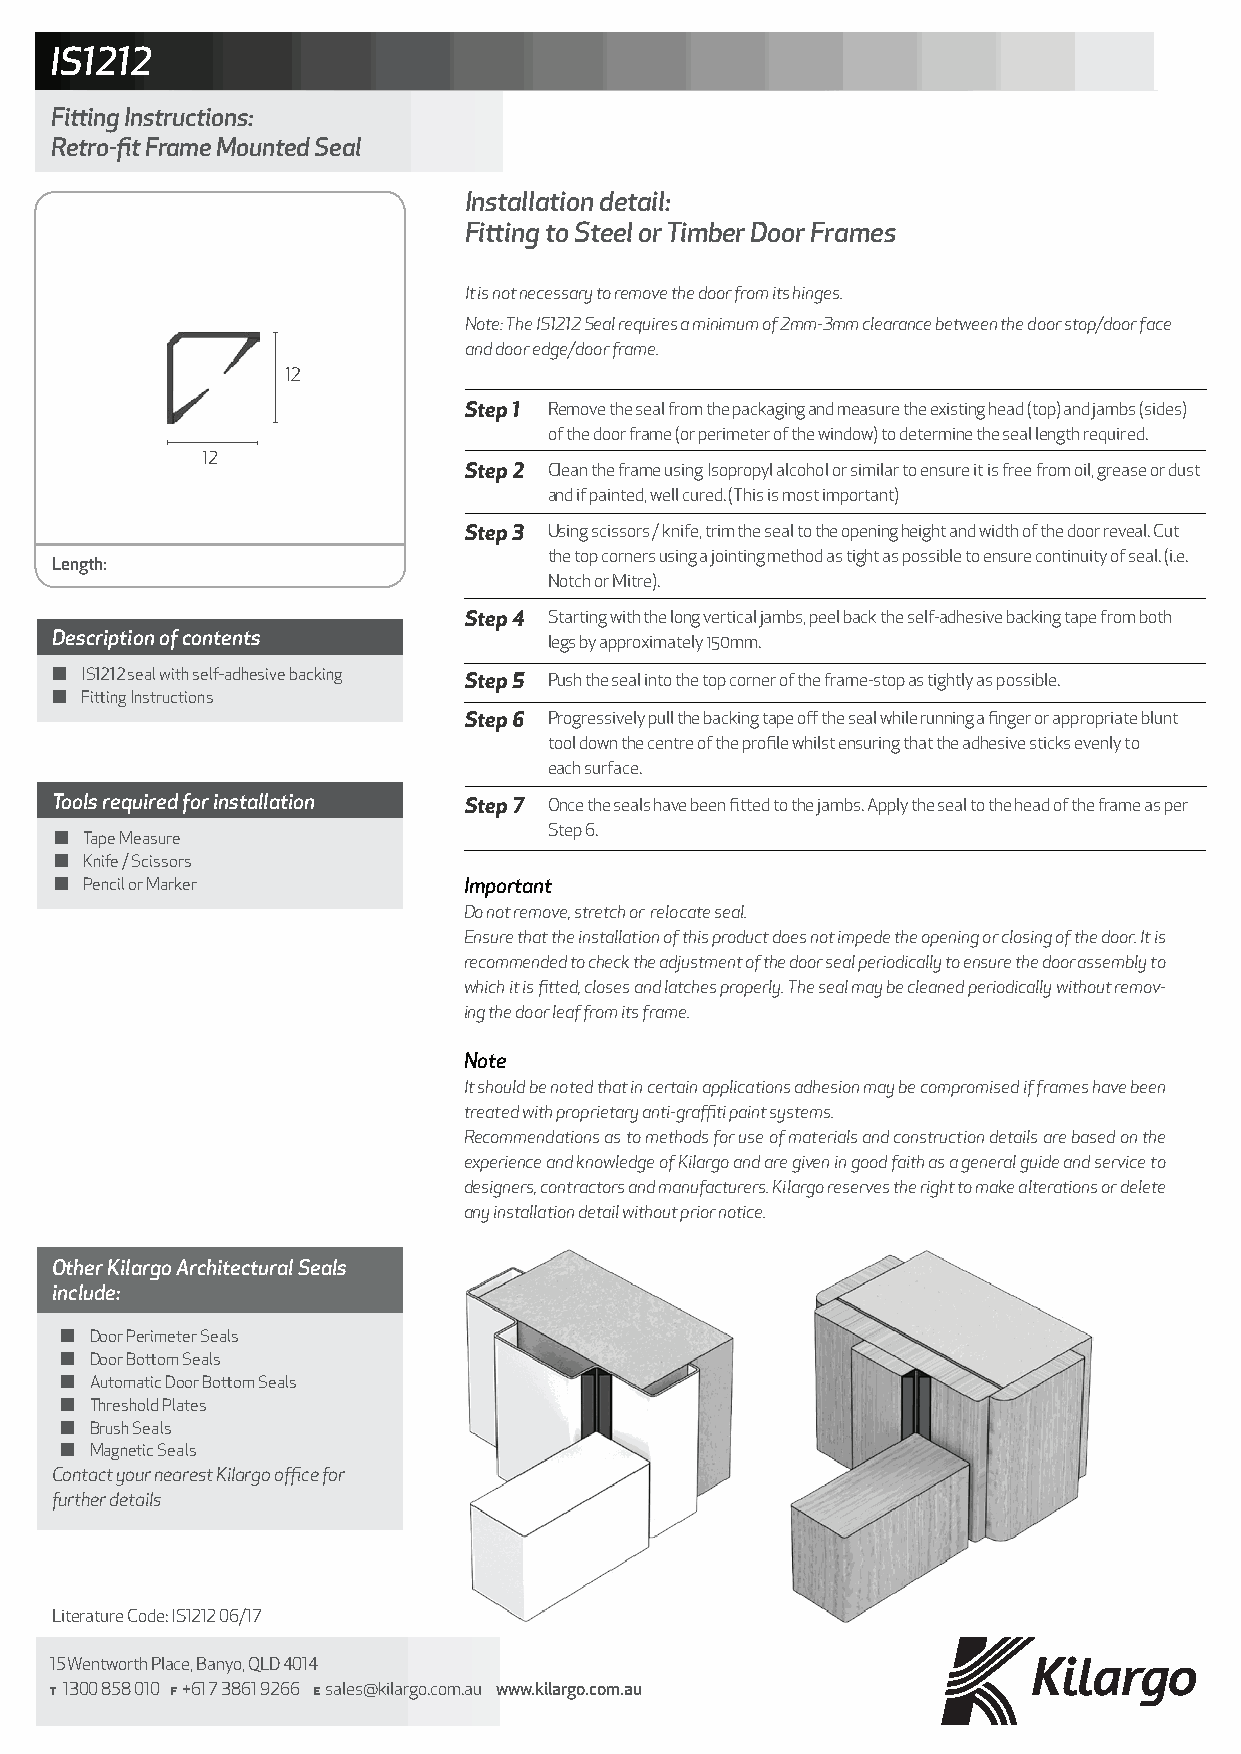
IS1212
 Fitting Instructions:
 Retro-fit Frame Mounted Seal
 Installation detail:
 Fitting to Steel or Timber Door Frames
 It is not necessary to remove the door from its hinges.
 Note: The IS1212 Seal requires a minimum of 2mm-3mm clearance between the door stop/door face
 and door edge/door frame.
 Step 1 Remove the seal from the packaging and measure the existing head (top) and jambs (sides)
 of the door frame (or perimeter of the window) to determine the seal length required.
 Step 2 Clean the frame using Isopropyl alcohol or similar to ensure it is free from oil, grease or dust
 and if painted, well cured. (This is most important)
 Step 3 Using scissors / knife, trim the seal to the opening height and width of the door reveal. Cut
 the top corners using a jointing method as tight as possible to ensure continuity of seal. (i.e.
 Length:
 Notch or Mitre).
 Step 4 Starting with the long vertical jambs, peel back the self-adhesive backing tape from both
 Description of contents          legs by approximately 150mm.
 Ї IS1212 seal with self-adhesive backing Step 5 Push the seal into the top corner of the frame-stop as tightly as possible.
 Ї Fitting Instructions
 Step 6 Progressively pull the backing tape off the seal while running a finger or appropriate blunt
 tool down the centre of the profile whilst ensuring that the adhesive sticks evenly to
 each surface.
 Tools required for installation Step 7 Once the seals have been fitted to the jambs. Apply the seal to the head of the frame as per
 Step 6.
 Ї Tape Measure
 Ї Knife / Scissors
 Ї Pencil or Marker         Important
 Do not remove, stretch or relocate seal.
 Ensure that the installation of this product does not impede the opening or closing of the door. It is
 recommended to check the adjustment of the door seal periodically to ensure the door assembly to
 which it is fitted, closes and latches properly. The seal may be cleaned periodically without remov-
 ing the door leaf from its frame.
 Note
 It should be noted that in certain applications adhesion may be compromised if frames have been
 treated with proprietary anti-graffiti paint systems.
 Recommendations as to methods for use of materials and construction details are based on the
 experience and knowledge of Kilargo and are given in good faith as a general guide and service to
 designers, contractors and manufacturers. Kilargo reserves the right to make alterations or delete
 any installation detail without prior notice.
 Other Kilargo Architectural Seals
 include:
 Ї Door Perimeter Seals
 Ї Door Bottom Seals
 Ї Automatic Door Bottom Seals
 Ї Threshold Plates
 Ї Brush Seals
 Ї Magnetic Seals
 Contact your nearest Kilargo office for
 further details
 Literature Code: IS1212 06/17
 15 Wentworth Place, Banyo, QLD 4014
 T 1300 858 010 F +61 7 3861 9266 E sales@kilargo.com.au www.kilargo.com.au